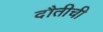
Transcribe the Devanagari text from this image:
दौतीची